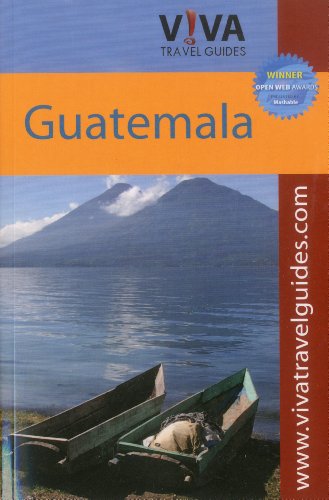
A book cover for VIVA Travel Guides Guatemala; Travel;